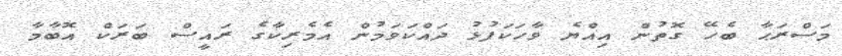
މަސްރަޙާ ބެހޭ ގޮތުން އިއްޔެ ވާހަކަފުޅު ދައްކަވަމުން އެމެރިކާގެ ރައީސް ބަރަކް އޮބާމާ